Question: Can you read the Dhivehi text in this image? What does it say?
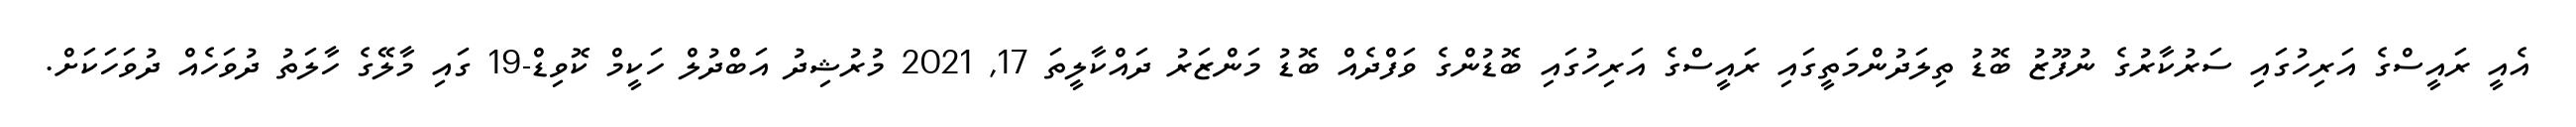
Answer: އެއީ ރައީސްގެ އަރިހުގައި ސަރުކާރުގެ ނުފޫޒު ބޮޑު ތިލަދުންމަތީގައި ރައީސްގެ އަރިހުގައި ބޮޑުންގެ ވަފްދެއް ބޮޑު މަންޒަރު ދައްކާލީތަ 17, 2021 މުރުޝިދު އަބްދުލް ހަކީމް ކޮވިޑް-19 ގައި މާލޭގެ ހާލަތު ދުވަހެއް ދުވަހަކަށް.